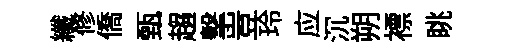
纖修僑甄趨擊豈玲应沉朔褾眺